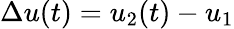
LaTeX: \Delta u(t)=u_{2}(t)-u_{1}